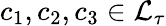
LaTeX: c_{1},c_{2},c_{3}\in\mathcal{L}_{\tau}